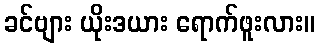
ခင်ဗျား ယိုးဒယား ရောက်ဖူးလား။